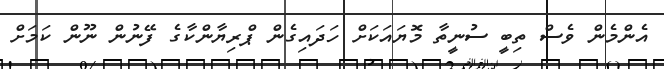
އެންމެން ވެސް ތިބީ ސުނީތާ މޮޔައަކަށް ހަދައިގެން ޕްރިޔާންކާގެ ފޭނުން ނޫން ކަމަށް